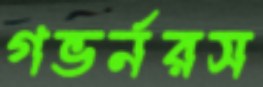
গভর্নরস